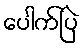
ပေါက်ပြဲ